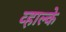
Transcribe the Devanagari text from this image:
व्हाल्के